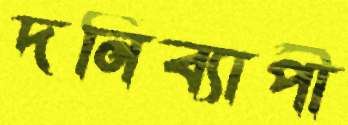
দনিব্যাপী